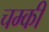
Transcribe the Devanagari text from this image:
चम्की